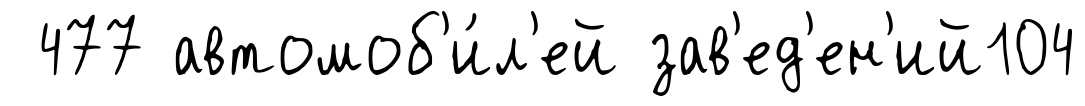
477 автомоб'и́л'ей зав'ед'ен'ий104